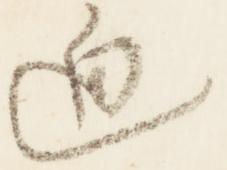
迫